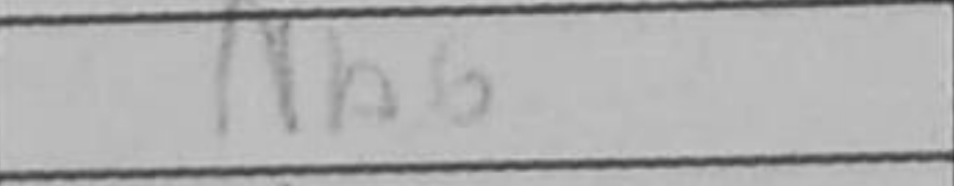
Transcription: N7b6